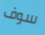
سوف